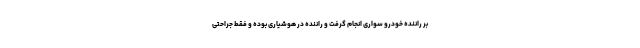
بر راننده خودرو سواری انجام گرفت و راننده در هوشیاری بوده و فقط جراحتی